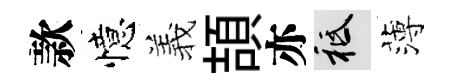
款憶羲頡亦祇薄